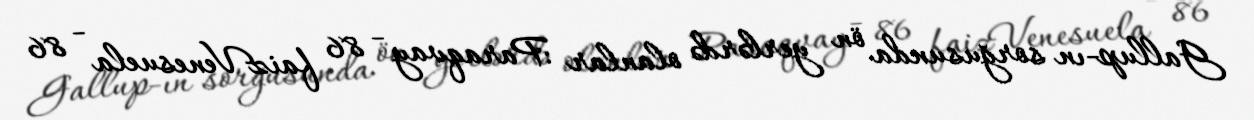
Gallup-ın sorğusunda ön yerlərdə olanlar :Paraqvay - 86 faizVenesuela - 86